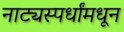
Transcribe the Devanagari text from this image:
नाट्यस्पर्धांमधून